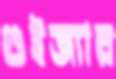
গুইজ্যার